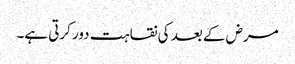
مرض کے بعد کی نقاہت دور کرتی ہے۔